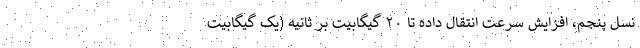
نسل پنجم، افزایش سرعت انتقال داده تا ۲۰ گیگابیت بر ثانیه (یک گیگابیت